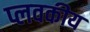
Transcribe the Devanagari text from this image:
प्लवकीय